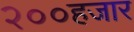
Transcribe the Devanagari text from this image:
२००हजार